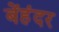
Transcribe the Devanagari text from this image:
बेंहंदर